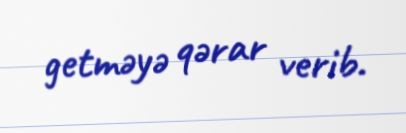
getməyə qərar verib.